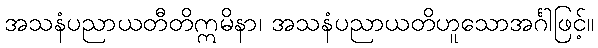
အသနံပညာယတီတိဣမိနာ၊ အသနံပညာယတိဟူသောအင်္ဂါဖြင့်။